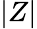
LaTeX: |Z|